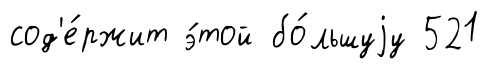
сод'е́ржит э́той бо́льшуjу 521